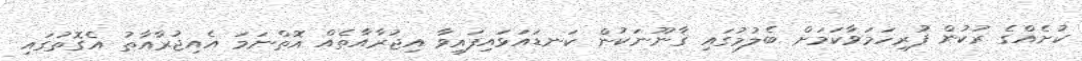
ކުށެއްގެ ރުކުން ފުރިހަމަވާކަމަށް ބެލުމުގައި ޤާނޫނަކުން ކަނޑައަޅައިފައިވާ އިޖުރާއާތެއް އޮތްނަމަ އެއިޖުރާއާތު އެގޮތުގައި